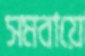
সমবায়ে